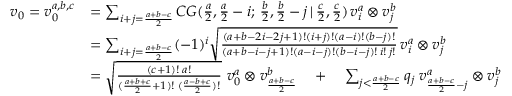
\begin{array} { r l } { v _ { 0 } = v _ { 0 } ^ { a , b , c } } & { = \sum _ { i + j = \frac { a + b - c } { 2 } } C G ( \frac { a } { 2 } , \frac { a } { 2 } - i ; \, \frac { b } { 2 } , \frac { b } { 2 } - j \, | \, \frac { c } { 2 } , \frac { c } { 2 } ) \, v _ { i } ^ { a } \otimes v _ { j } ^ { b } } \\ & { = \sum _ { i + j = \frac { a + b - c } { 2 } } ( - 1 ) ^ { i } \sqrt { \frac { ( a + b - 2 i - 2 j + 1 ) ! ( i + j ) ! ( a - i ) ! ( b - j ) ! } { ( a + b - i - j + 1 ) ! ( a - i - j ) ! ( b - i - j ) ! \, i ! \, j ! } } \, v _ { i } ^ { a } \otimes v _ { j } ^ { b } } \\ & { = \sqrt { \frac { ( c + 1 ) ! \; a ! } { ( \frac { a + b + c } { 2 } + 1 ) ! \; ( \frac { a - b + c } { 2 } ) ! } } \, \, v _ { 0 } ^ { a } \otimes v _ { \frac { a + b - c } { 2 } } ^ { b } \quad + \quad \sum _ { j < \frac { a + b - c } { 2 } } q _ { j } \; v _ { \frac { a + b - c } { 2 } - j } ^ { a } \otimes v _ { j } ^ { b } } \end{array}